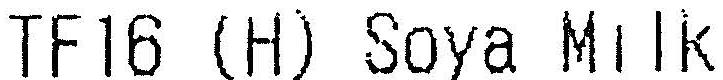
TF 16 (H) SOYA MILK